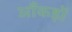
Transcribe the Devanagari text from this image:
ऑंकड़ों